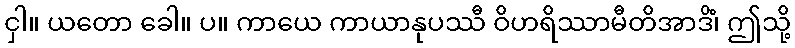
ငှါ။ ယတော ခေါ။ ပ။ ကာယေ ကာယာနုပဿီ ဝိဟရိဿာမီတိအာဒိံ၊ ဤသို့